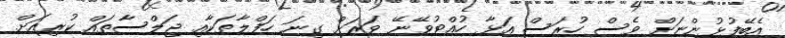
އެބޭފުޅުންނަށް ވެސް ހުރަސް އަޅާ ހުއްޓުވޭނޭ ވަރަށް ގިނަ ހަފްލާތަކާއި ޖަލްސާތައް ކުރިއަށް